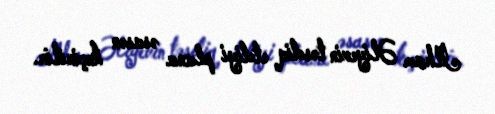
İlham Əliyevin təsdiq etdiyi plana əsasən keçirilir.